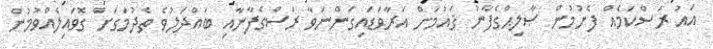
އައު ރަސްކަމެއް ފެށުމުން ޞާލިޙްގެފާނު ޤައުމަށް އަރާވަޑައިގަންނަވާ ރަސްގެފާނާއި ބައްދަލުވެ ތެދުމަގަށް ގޮވައިލެއްވުމުން